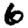
Digit: 6